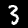
Digit: 3